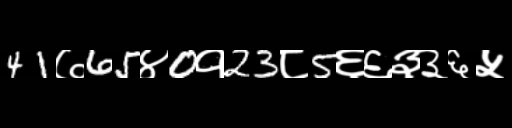
Text: 41७65४0१23८5६६३३६५